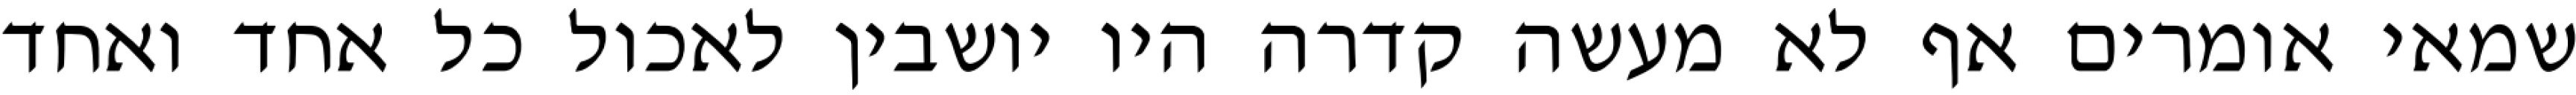
שמאי אומרים אף לא מעשה קדרה היו יושבין לאכול כל אחד ואחד